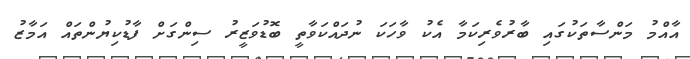
އާއްމު މަންސާތަކުގައި ބާރުވެރިކަމާ އެކު ވާހަކަ ނުދައްކަވާތީ ބޮޑުވަޒީރު ސިންގަށް ފާޑުކިޔުންތައް އަމާޒު